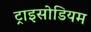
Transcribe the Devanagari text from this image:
ट्राइसोडियम